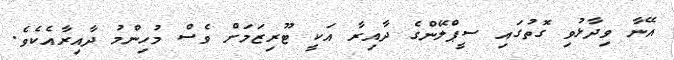
އޭނާ ވިދާޅުވި ގޮތުގައި ސީޕްލޭންގެ ދާއިރާ އަކީ ޓޫރިޒަމަށް ވެސް މުހިންމު ދާއިރާއެކެވެ.